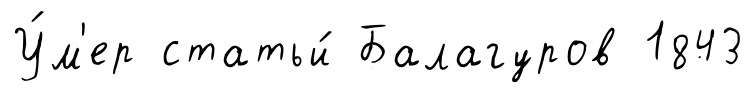
У́м'ер статьи́ Балагуров 1843